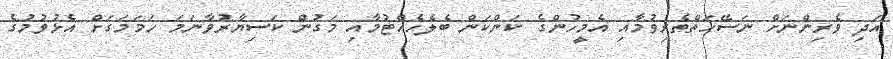
އަދި ވެރިންނަށް ނަސޭހަތްތެރިވުމާއި އެމީހުންގެ ކަންކަން ބެލެހެއްޓުމާއި މަގުން ކަސިޔާރުވާނަމަ ހަމަމަގަށް އެޅުވުމުގެ